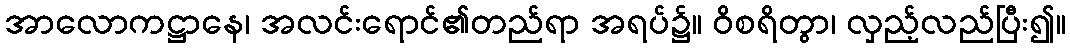
အာလောကဋ္ဌာနေ၊ အလင်းရောင်၏တည်ရာ အရပ်၌။ ဝိစရိတွာ၊ လှည့်လည်ပြီး၍။